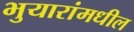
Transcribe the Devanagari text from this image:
भुयारांमधील